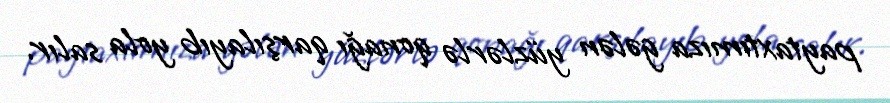
paytaxtımıza gələn yüzlərlə qonağı qarşılayıb yola salır.